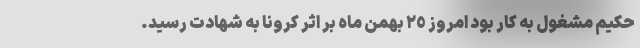
حکیم مشغول به کار بود امروز ٢٥ بهمن ماه بر اثر کرونا به شهادت رسید.